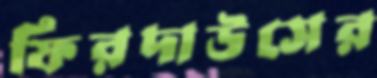
ফিরদাউসের